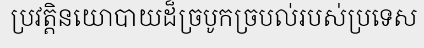
ប្រវត្តិនយោបាយដ៏ច្របូកច្របល់របស់ប្រទេស